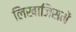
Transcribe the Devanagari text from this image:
लिखाजिसमें